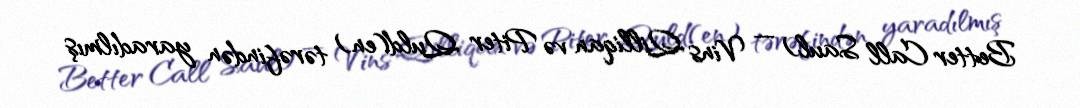
Better Call Saul) — Vins Qilliqan və Piter Quld(en) tərəfindən yaradılmış